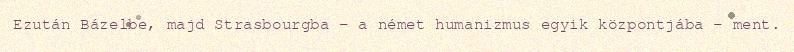
Ezután Bázelbe, majd Strasbourgba – a német humanizmus egyik központjába – ment.